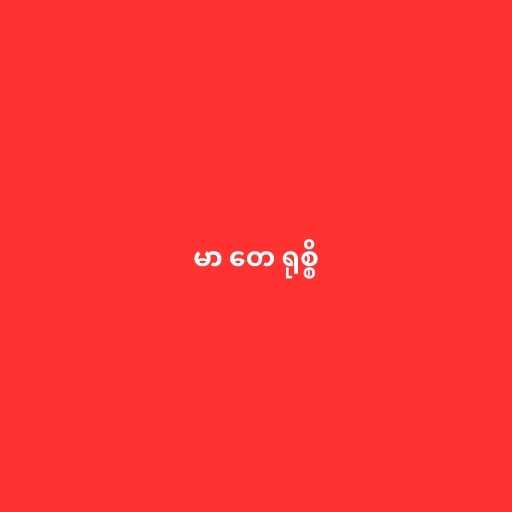
မာ တေ ရုစ္စိ